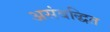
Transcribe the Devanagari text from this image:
असंबद्धित